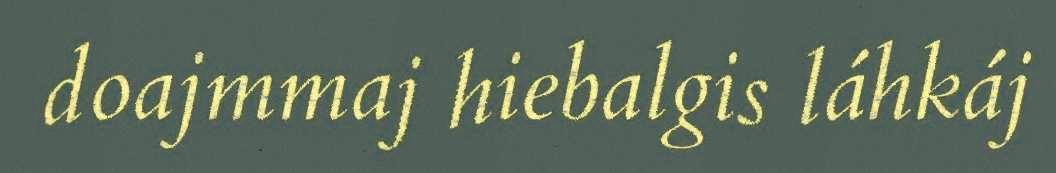
doajmmaj hiebalgis láhkáj